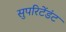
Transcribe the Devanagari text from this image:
सुपरिटेंडंट